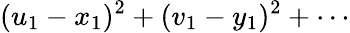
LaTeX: (u_{1}-x_{1})^{2}+(v_{1}-y_{1})^{2}+\cdots